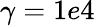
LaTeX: \gamma=1e4